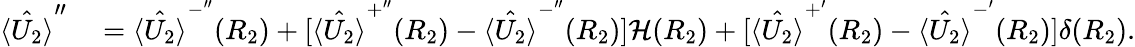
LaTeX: \begin{array}{rl}{\hat{\langle U_{2}\rangle}^{\prime\prime}}&{{}=\hat{\langle U_{2}\rangle}^{-^{\prime\prime}}(R_{2})+[\hat{\langle U_{2}\rangle}^{+^{\prime\prime}}(R_{2})-\hat{\langle U_{2}\rangle}^{-^{\prime\prime}}(R_{2})]\mathcal{H}(R_{2})+[\hat{\langle U_{2}\rangle}^{+^{\prime}}(R_{2})-\hat{\langle U_{2}\rangle}^{-^{\prime}}(R_{2})]\delta(R_{2}).}\end{array}